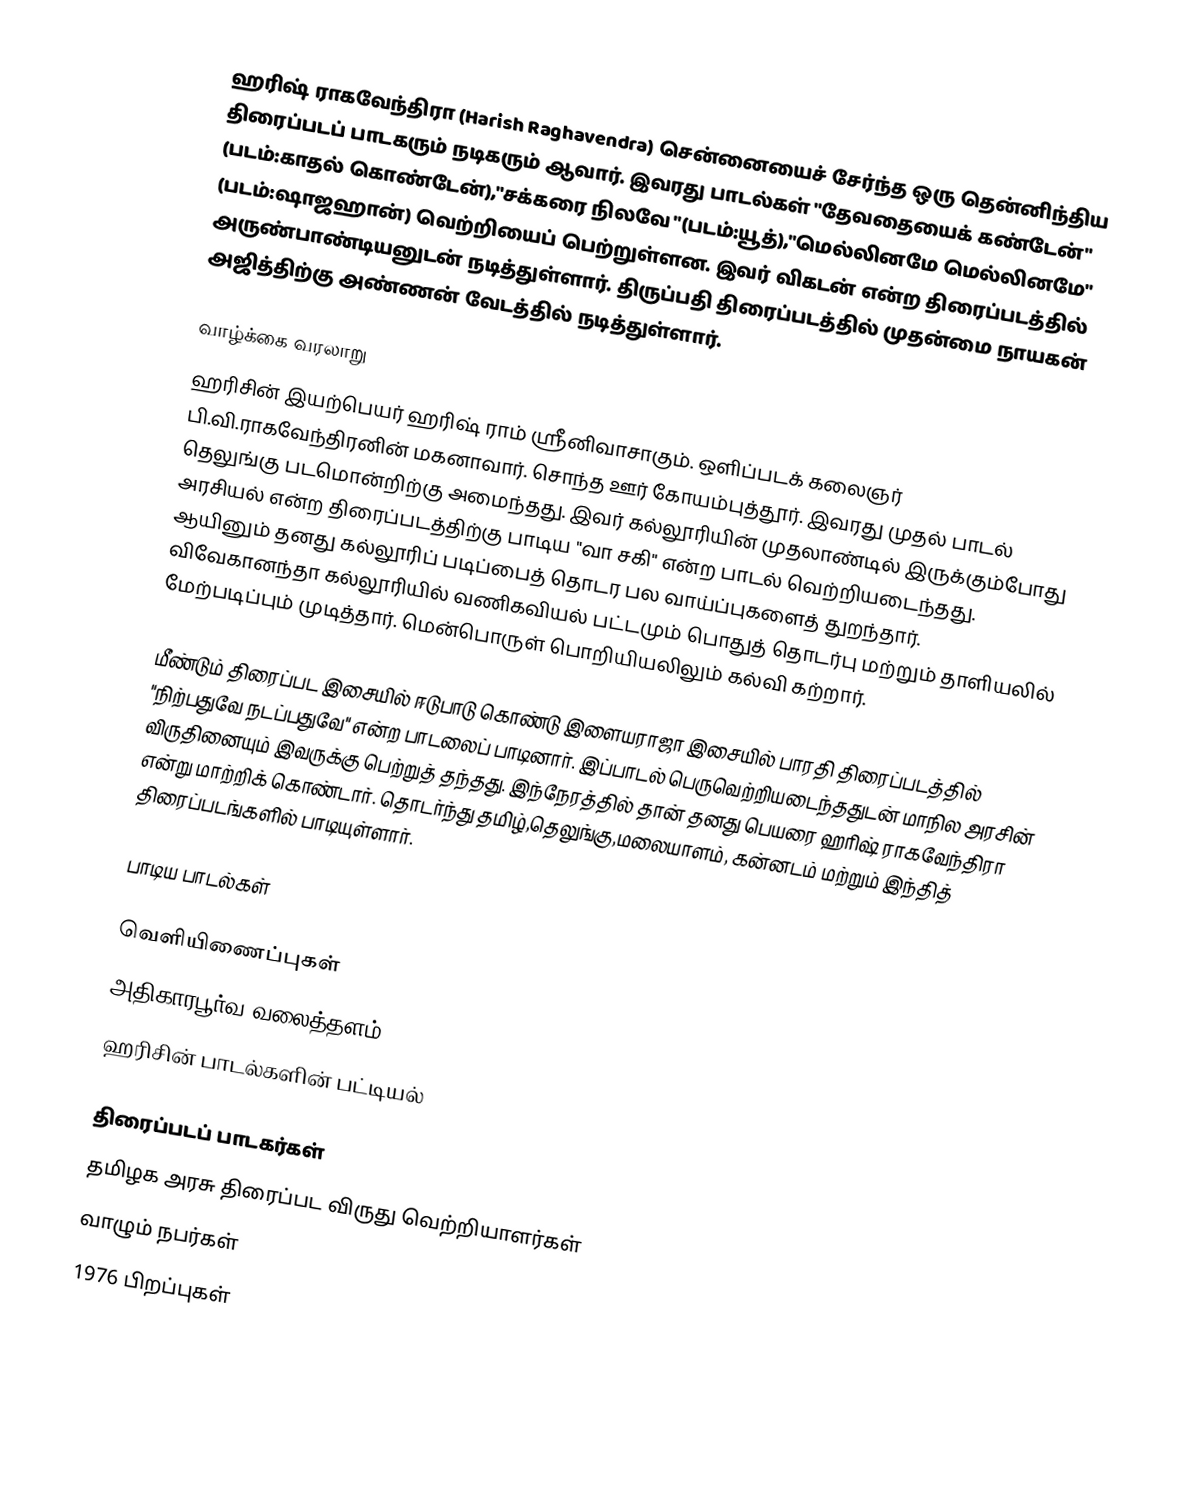
ஹரிஷ் ராகவேந்திரா (Harish Raghavendra) சென்னையைச் சேர்ந்த ஒரு தென்னிந்திய திரைப்படப் பாடகரும் நடிகரும் ஆவார். இவரது பாடல்கள் "தேவதையைக் கண்டேன்" (படம்:காதல் கொண்டேன்),"சக்கரை நிலவே "(படம்:யூத்),"மெல்லினமே மெல்லினமே" (படம்:ஷாஜஹான்) வெற்றியைப் பெற்றுள்ளன. இவர் விகடன் என்ற திரைப்படத்தில் அருண்பாண்டியனுடன் நடித்துள்ளார். திருப்பதி திரைப்படத்தில் முதன்மை நாயகன் அஜித்திற்கு அண்ணன் வேடத்தில் நடித்துள்ளார்.

வாழ்க்கை வரலாறு
ஹரிசின் இயற்பெயர் ஹரிஷ் ராம் ஸ்ரீனிவாசாகும். ஒளிப்படக் கலைஞர் பி.வி.ராகவேந்திரனின் மகனாவார். சொந்த ஊர் கோயம்புத்தூர். இவரது முதல் பாடல் தெலுங்கு படமொன்றிற்கு அமைந்தது. இவர் கல்லூரியின் முதலாண்டில் இருக்கும்போது அரசியல் என்ற திரைப்படத்திற்கு பாடிய "வா சகி" என்ற பாடல் வெற்றியடைந்தது. ஆயினும் தனது கல்லூரிப் படிப்பைத் தொடர பல வாய்ப்புகளைத் துறந்தார். விவேகானந்தா கல்லூரியில் வணிகவியல் பட்டமும் பொதுத் தொடர்பு மற்றும் தாளியலில் மேற்படிப்பும் முடித்தார். மென்பொருள் பொறியியலிலும் கல்வி கற்றார்.

மீண்டும் திரைப்பட இசையில் ஈடுபாடு கொண்டு இளையராஜா இசையில் பாரதி திரைப்படத்தில் "நிற்பதுவே நடப்பதுவே" என்ற பாடலைப் பாடினார். இப்பாடல் பெருவெற்றியடைந்ததுடன் மாநில அரசின் விருதினையும் இவருக்கு பெற்றுத் தந்தது. இந்நேரத்தில் தான் தனது பெயரை ஹரிஷ் ராகவேந்திரா என்று மாற்றிக் கொண்டார். தொடர்ந்து தமிழ்,தெலுங்கு,மலையாளம், கன்னடம் மற்றும் இந்தித் திரைப்படங்களில் பாடியுள்ளார்.

பாடிய பாடல்கள்

வெளியிணைப்புகள்
 அதிகாரபூர்வ வலைத்தளம்
 ஹரிசின் பாடல்களின் பட்டியல்

திரைப்படப் பாடகர்கள்
தமிழக அரசு திரைப்பட விருது வெற்றியாளர்கள்
வாழும் நபர்கள்
1976 பிறப்புகள்